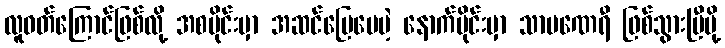
လူဝတ်ကြောင်ဖြစ်လို့ အစပိုင်းမှာ အဆင်ပြေပေမဲ့ နောက်ပိုင်းမှာ သာမဏေရီ ဖြစ်သွားပြီမို့